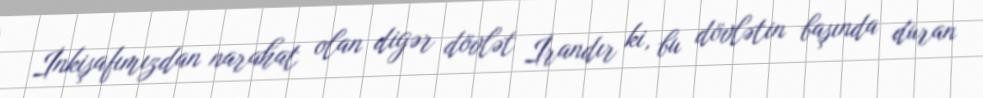
İnkişafımızdan narahat olan digər dövlət İrandır ki, bu dövlətin başında duran